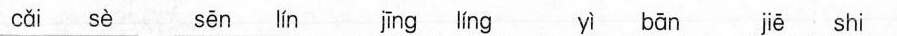
cǎi sè sēn lín jīng líng bān jiē shi